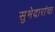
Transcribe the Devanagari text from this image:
सुभेदारांचा